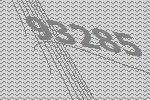
93285